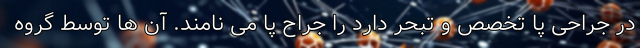
در جراحی پا تخصص و تبحر دارد را جراح پا می نامند. آن ها توسط گروه